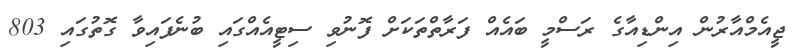
ޖީއެމްއާރުން އިންޑިއާގެ ރަސްމީ ބައެއް ފަރާތްތަކަށް ފޮނުވި ސިޓީއެއްގައި ބުނެފައިވާ ގޮތުގައި 803